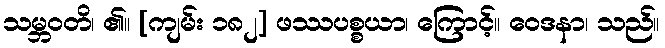
သမ္ဘဝတိ၊ ၏။ [ကျမ်း ၁၈၂] ဖဿပစ္စယာ၊ ကြောင့်။ ဝေဒနာ၊ သည်။